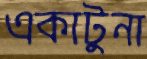
একাটুনা